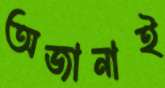
অজানাই